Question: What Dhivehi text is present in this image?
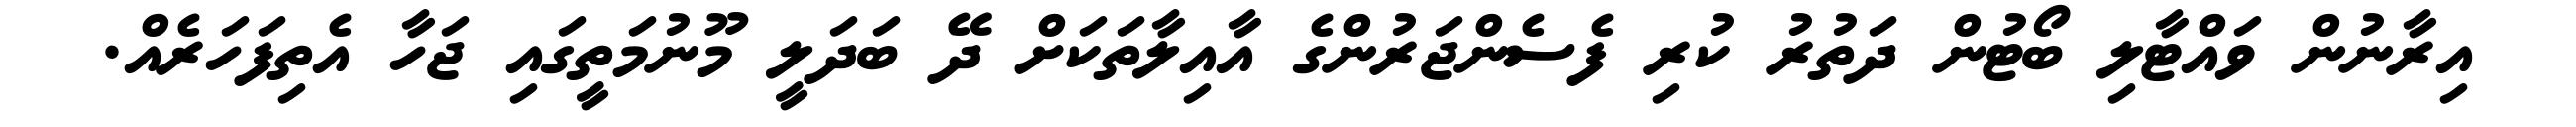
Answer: އިރާނުން ވައްޓާލި ބޯޓުން ދަތުރު ކުރި ފެސެންޖަރުންގެ އާއިލާތަކަށް ދޭ ބަދަލީ މޫނުމަތީގައި ޖަހާ އެތިފަހަރެއް.